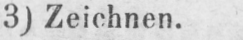
3) Zeichnen.